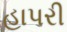
હાપરી